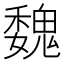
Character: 魏